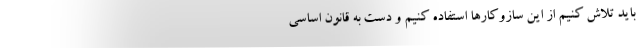
باید تلاش کنیم از این سازوکارها استفاده کنیم و دست به قانون اساسی